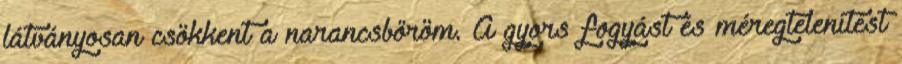
látványosan csökkent a narancsbőröm. A gyors fogyást és méregtelenítést